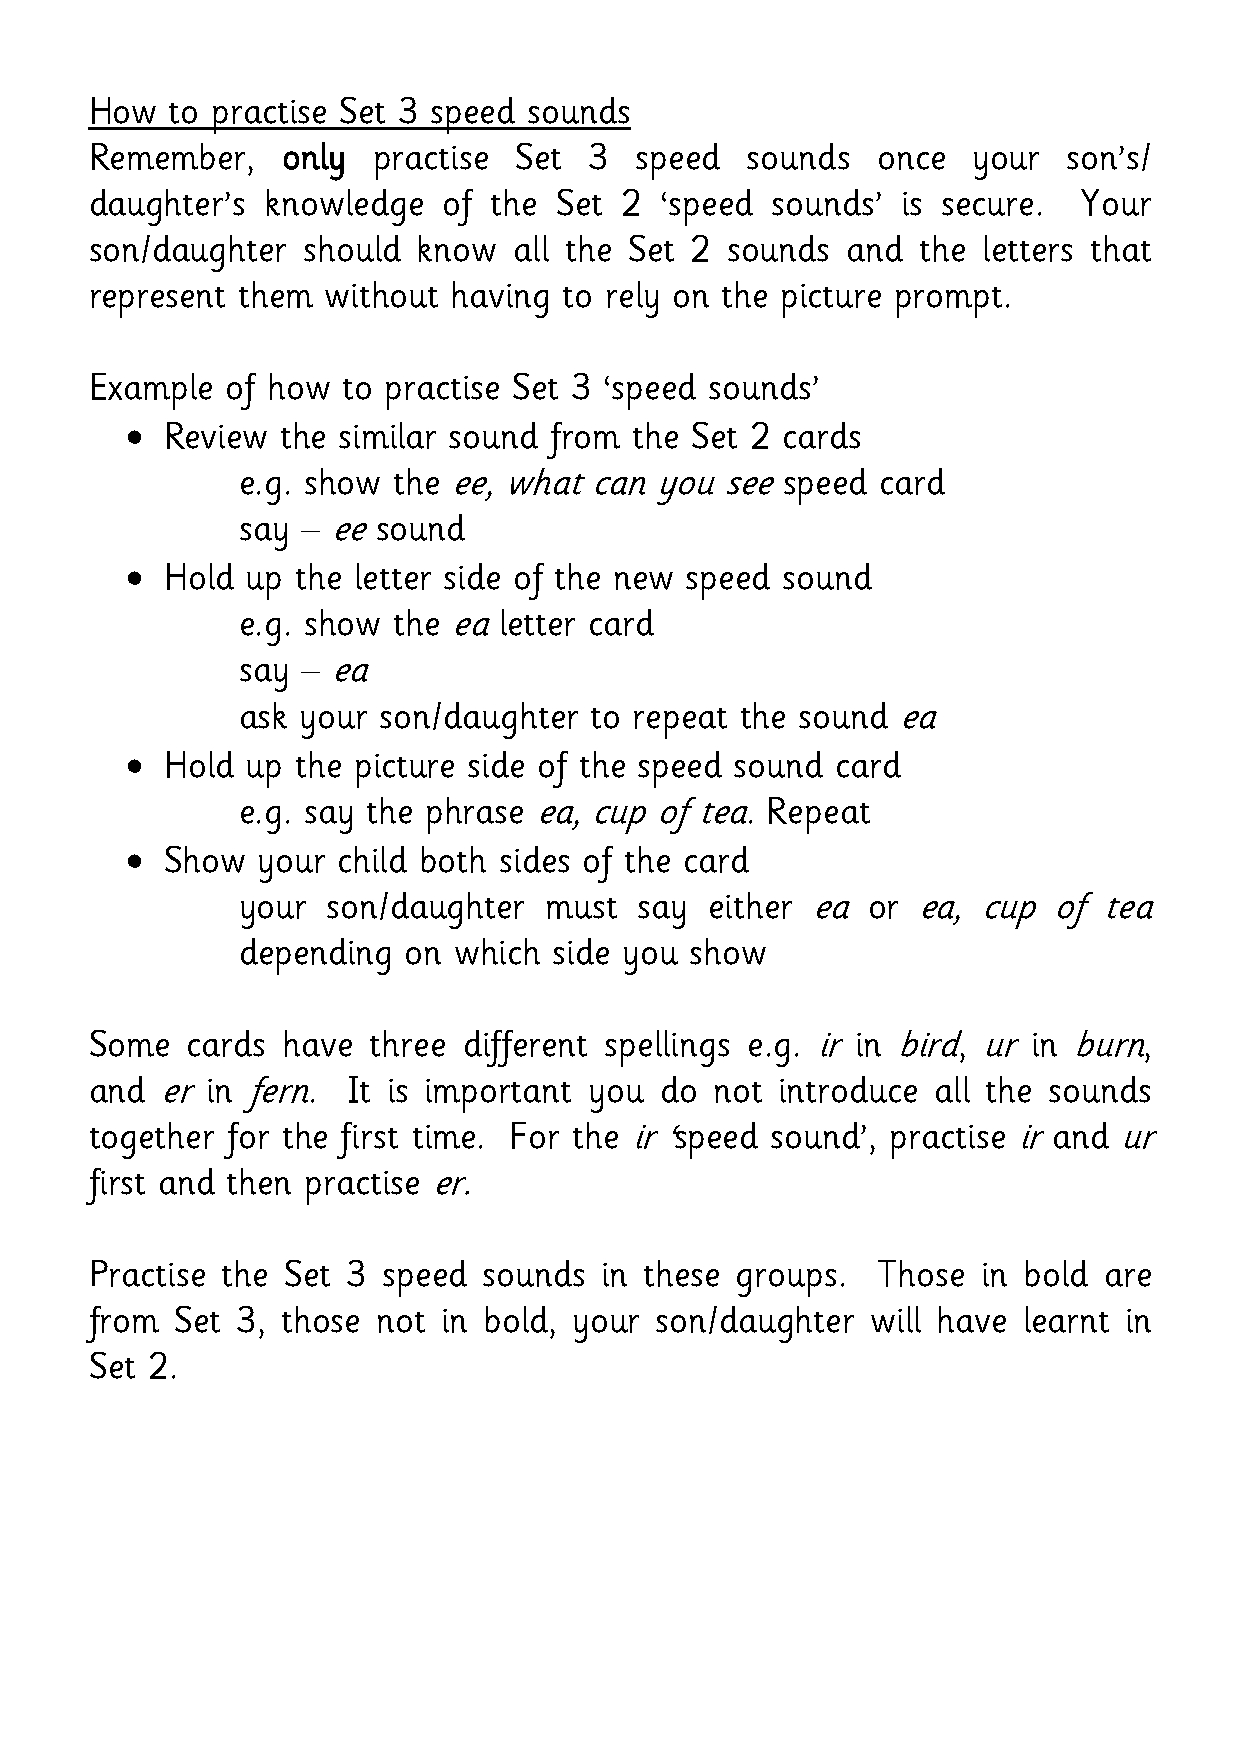
How  to practise Set 3 speed sounds
 Remember,    only  practise Set  3  speed  sounds   once  your   son’s/
 daughter’s knowledge   of the  Set 2  ‘speed sounds’  is secure.  Your
 son/daughter  should  know  all the Set 2 sounds  and  the letters that
 represent them  without having to rely on the picture prompt.
 Example  of how  to practise Set 3 ‘speed sounds’
   Review  the similar sound from the Set 2 cards
 e.g. show the ee, what can you  see speed card
 say – ee sound
   Hold up  the letter side of the new speed sound
 e.g. show the ea letter card
 say – ea
 ask your son/daughter  to repeat the sound ea
   Hold up  the picture side of the speed sound card
 e.g. say the phrase ea, cup of tea. Repeat
   Show  your child both sides of the card
 your  son/daughter  must  say  either ea or  ea, cup  of tea
 depending  on which  side you show
 Some  cards  have  three different spellings e.g. ir in bird, ur in burn,
 and er  in fern. It is important you  do not  introduce all the sounds
 together for the first time. For the ir ‘speed sound’, practise ir and ur
 first and then practise er.
 Practise the Set 3 speed  sounds  in these groups.  Those  in bold are
 from  Set 3, those not in bold, your son/daughter   will have learnt in
 Set 2.